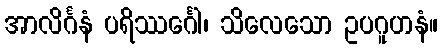
အာလိင်္ဂနံ ပရိဿင်္ဂေါ၊ သိလေသော ဥပဂူဟနံ။